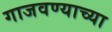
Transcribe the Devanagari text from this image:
गाजवण्याच्या